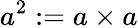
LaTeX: a^{2}:=a\times a